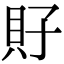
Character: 𧴯